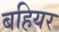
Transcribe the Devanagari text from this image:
बहियर